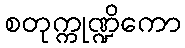
စတုက္ကုဏ္ဍိကော